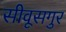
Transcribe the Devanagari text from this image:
सीवूसगुर